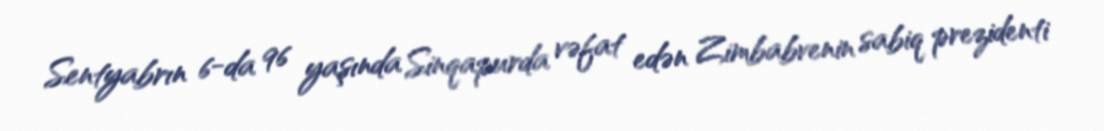
Sentyabrın 6-da 96 yaşında Sinqapurda vəfat edən Zimbabvenin sabiq prezidenti